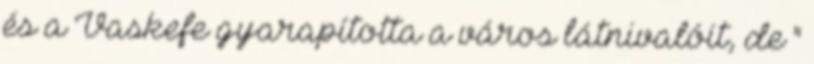
és a Vaskefe gyarapította a város látnivalóit, de "